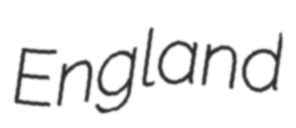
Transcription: England